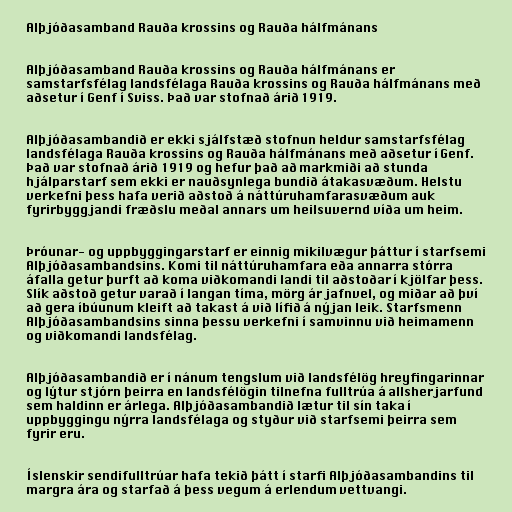
Alþjóðasamband Rauða krossins og Rauða hálfmánans

Alþjóðasamband Rauða krossins og Rauða hálfmánans er
samstarfsfélag landsfélaga Rauða krossins og Rauða hálfmánans með
aðsetur í Genf í Sviss. Það var stofnað árið 1919.

Alþjóðasambandið er ekki sjálfstæð stofnun heldur samstarfsfélag
landsfélaga Rauða krossins og Rauða hálfmánans með aðsetur í Genf.
Það var stofnað árið 1919 og hefur það að markmiði að stunda
hjálparstarf sem ekki er nauðsynlega bundið átakasvæðum. Helstu
verkefni þess hafa verið aðstoð á náttúruhamfarasvæðum auk
fyrirbyggjandi fræðslu meðal annars um heilsuvernd víða um heim.

Þróunar- og uppbyggingarstarf er einnig mikilvægur þáttur í starfsemi
Alþjóðasambandsins. Komi til náttúruhamfara eða annarra stórra
áfalla getur þurft að koma viðkomandi landi til aðstoðar í kjölfar þess.
Slík aðstoð getur varað í langan tíma, mörg ár jafnvel, og miðar að því
að gera íbúunum kleift að takast á við lífið á nýjan leik. Starfsmenn
Alþjóðasambandsins sinna þessu verkefni í samvinnu við heimamenn
og viðkomandi landsfélag.

Alþjóðasambandið er í nánum tengslum við landsfélög hreyfingarinnar
og lýtur stjórn þeirra en landsfélögin tilnefna fulltrúa á allsherjarfund
sem haldinn er árlega. Alþjóðasambandið lætur til sín taka í
uppbyggingu nýrra landsfélaga og styður við starfsemi þeirra sem
fyrir eru.

Íslenskir sendifulltrúar hafa tekið þátt í starfi Alþjóðasambandins til
margra ára og starfað á þess vegum á erlendum vettvangi.